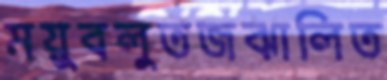
ময়ুবলুতজঝালিত